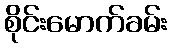
စိုင်းမောက်ခမ်း